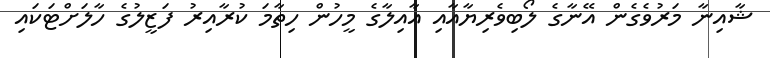
ޝާއިނާ މަރުވެގެން އޭނާގެ ލޯބިވެރިޔާއާއި އާއިލާގެ މީހުން ހިތާމަ ކުރާއިރު ފަޒީލުގެ ހާލަށްޓަކައި